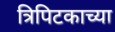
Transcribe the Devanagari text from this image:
त्रिपिटकाच्या